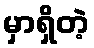
မှာရှိတဲ့